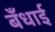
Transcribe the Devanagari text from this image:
बँधाई